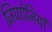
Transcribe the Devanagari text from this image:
जिणोनियां